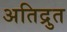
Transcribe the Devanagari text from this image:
अतिद्रुत